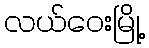
လယ်ဝေးမြို့